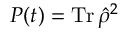
P ( t ) = \operatorname { T r } \hat { \rho } ^ { 2 }